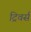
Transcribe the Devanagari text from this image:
ट्रिवर्स